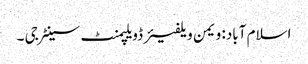
اسلام آباد: ویمن ویلفیئر ڈویلپمنٹ سینٹر جی ۔